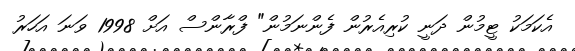
އެކަމަކު ޓީމުން ދަނީ ކުރިއެރުން ފެންނަމުން" ފްރާންސް އަށް 1998 ވަނަ އަހަރު